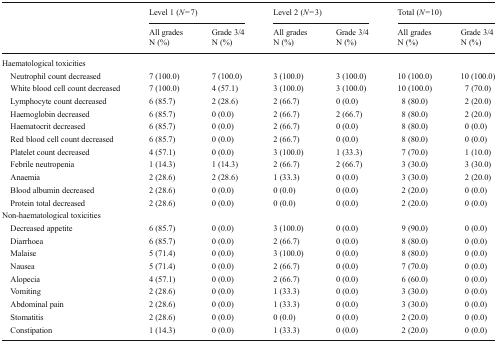
<table><thead><tr><td rowspan="3"></td><td colspan="2"><b>Level 1 (<i>N</i> = 7)</b></td><td colspan="2"><b>Level 2 (<i>N</i> = 3)</b></td><td colspan="2"><b>Total (<i>N</i> = 10)</b></td></tr><tr><td><b>All grades</b></td><td><b>Grade 3/4</b></td><td><b>All grades</b></td><td><b>Grade 3/4</b></td><td><b>All grades</b></td><td><b>Grade 3/4</b></td></tr><tr><td><b>N (%)</b></td><td><b>N (%)</b></td><td><b>N (%)</b></td><td><b>N (%)</b></td><td><b>N (%)</b></td><td><b>N (%)</b></td></tr></thead><tbody><tr><td colspan="7">Haematological toxicities</td></tr><tr><td> Neutrophil count decreased</td><td>7 (100.0)</td><td>7 (100.0)</td><td>3 (100.0)</td><td>3 (100.0)</td><td>10 (100.0)</td><td>10 (100.0)</td></tr><tr><td> White blood cell count decreased</td><td>7 (100.0)</td><td>4 (57.1)</td><td>3 (100.0)</td><td>3 (100.0)</td><td>10 (100.0)</td><td>7 (70.0)</td></tr><tr><td> Lymphocyte count decreased</td><td>6 (85.7)</td><td>2 (28.6)</td><td>2 (66.7)</td><td>0 (0.0)</td><td>8 (80.0)</td><td>2 (20.0)</td></tr><tr><td> Haemoglobin decreased</td><td>6 (85.7)</td><td>0 (0.0)</td><td>2 (66.7)</td><td>2 (66.7)</td><td>8 (80.0)</td><td>2 (20.0)</td></tr><tr><td> Haematocrit decreased</td><td>6 (85.7)</td><td>0 (0.0)</td><td>2 (66.7)</td><td>0 (0.0)</td><td>8 (80.0)</td><td>0 (0.0)</td></tr><tr><td> Red blood cell count decreased</td><td>6 (85.7)</td><td>0 (0.0)</td><td>2 (66.7)</td><td>0 (0.0)</td><td>8 (80.0)</td><td>0 (0.0)</td></tr><tr><td> Platelet count decreased</td><td>4 (57.1)</td><td>0 (0.0)</td><td>3 (100.0)</td><td>1 (33.3)</td><td>7 (70.0)</td><td>1 (10.0)</td></tr><tr><td> Febrile neutropenia</td><td>1 (14.3)</td><td>1 (14.3)</td><td>2 (66.7)</td><td>2 (66.7)</td><td>3 (30.0)</td><td>3 (30.0)</td></tr><tr><td> Anaemia</td><td>2 (28.6)</td><td>2 (28.6)</td><td>1 (33.3)</td><td>0 (0.0)</td><td>3 (30.0)</td><td>2 (20.0)</td></tr><tr><td> Blood albumin decreased</td><td>2 (28.6)</td><td>0 (0.0)</td><td>0 (0.0)</td><td>0 (0.0)</td><td>2 (20.0)</td><td>0 (0.0)</td></tr><tr><td> Protein total decreased</td><td>2 (28.6)</td><td>0 (0.0)</td><td>0 (0.0)</td><td>0 (0.0)</td><td>2 (20.0)</td><td>0 (0.0)</td></tr><tr><td colspan="7">Non-haematological toxicities</td></tr><tr><td> Decreased appetite</td><td>6 (85.7)</td><td>0 (0.0)</td><td>3 (100.0)</td><td>0 (0.0)</td><td>9 (90.0)</td><td>0 (0.0)</td></tr><tr><td> Diarrhoea</td><td>6 (85.7)</td><td>0 (0.0)</td><td>2 (66.7)</td><td>0 (0.0)</td><td>8 (80.0)</td><td>0 (0.0)</td></tr><tr><td> Malaise</td><td>5 (71.4)</td><td>0 (0.0)</td><td>3 (100.0)</td><td>0 (0.0)</td><td>8 (80.0)</td><td>0 (0.0)</td></tr><tr><td> Nausea</td><td>5 (71.4)</td><td>0 (0.0)</td><td>2 (66.7)</td><td>0 (0.0)</td><td>7 (70.0)</td><td>0 (0.0)</td></tr><tr><td> Alopecia</td><td>4 (57.1)</td><td>0 (0.0)</td><td>2 (66.7)</td><td>0 (0.0)</td><td>6 (60.0)</td><td>0 (0.0)</td></tr><tr><td> Vomiting</td><td>2 (28.6)</td><td>0 (0.0)</td><td>1 (33.3)</td><td>0 (0.0)</td><td>3 (30.0)</td><td>0 (0.0)</td></tr><tr><td> Abdominal pain</td><td>2 (28.6)</td><td>0 (0.0)</td><td>1 (33.3)</td><td>0 (0.0)</td><td>3 (30.0)</td><td>0 (0.0)</td></tr><tr><td> Stomatitis</td><td>2 (28.6)</td><td>0 (0.0)</td><td>0 (0.0)</td><td>0 (0.0)</td><td>2 (20.0)</td><td>0 (0.0)</td></tr><tr><td> Constipation</td><td>1 (14.3)</td><td>0 (0.0)</td><td>1 (33.3)</td><td>0 (0.0)</td><td>2 (20.0)</td><td>0 (0.0)</td></tr></tbody></table>